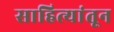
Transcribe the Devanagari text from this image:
साहित्यांतून